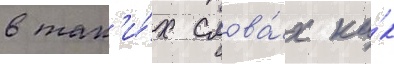
в так'и́х слова́х ка́к